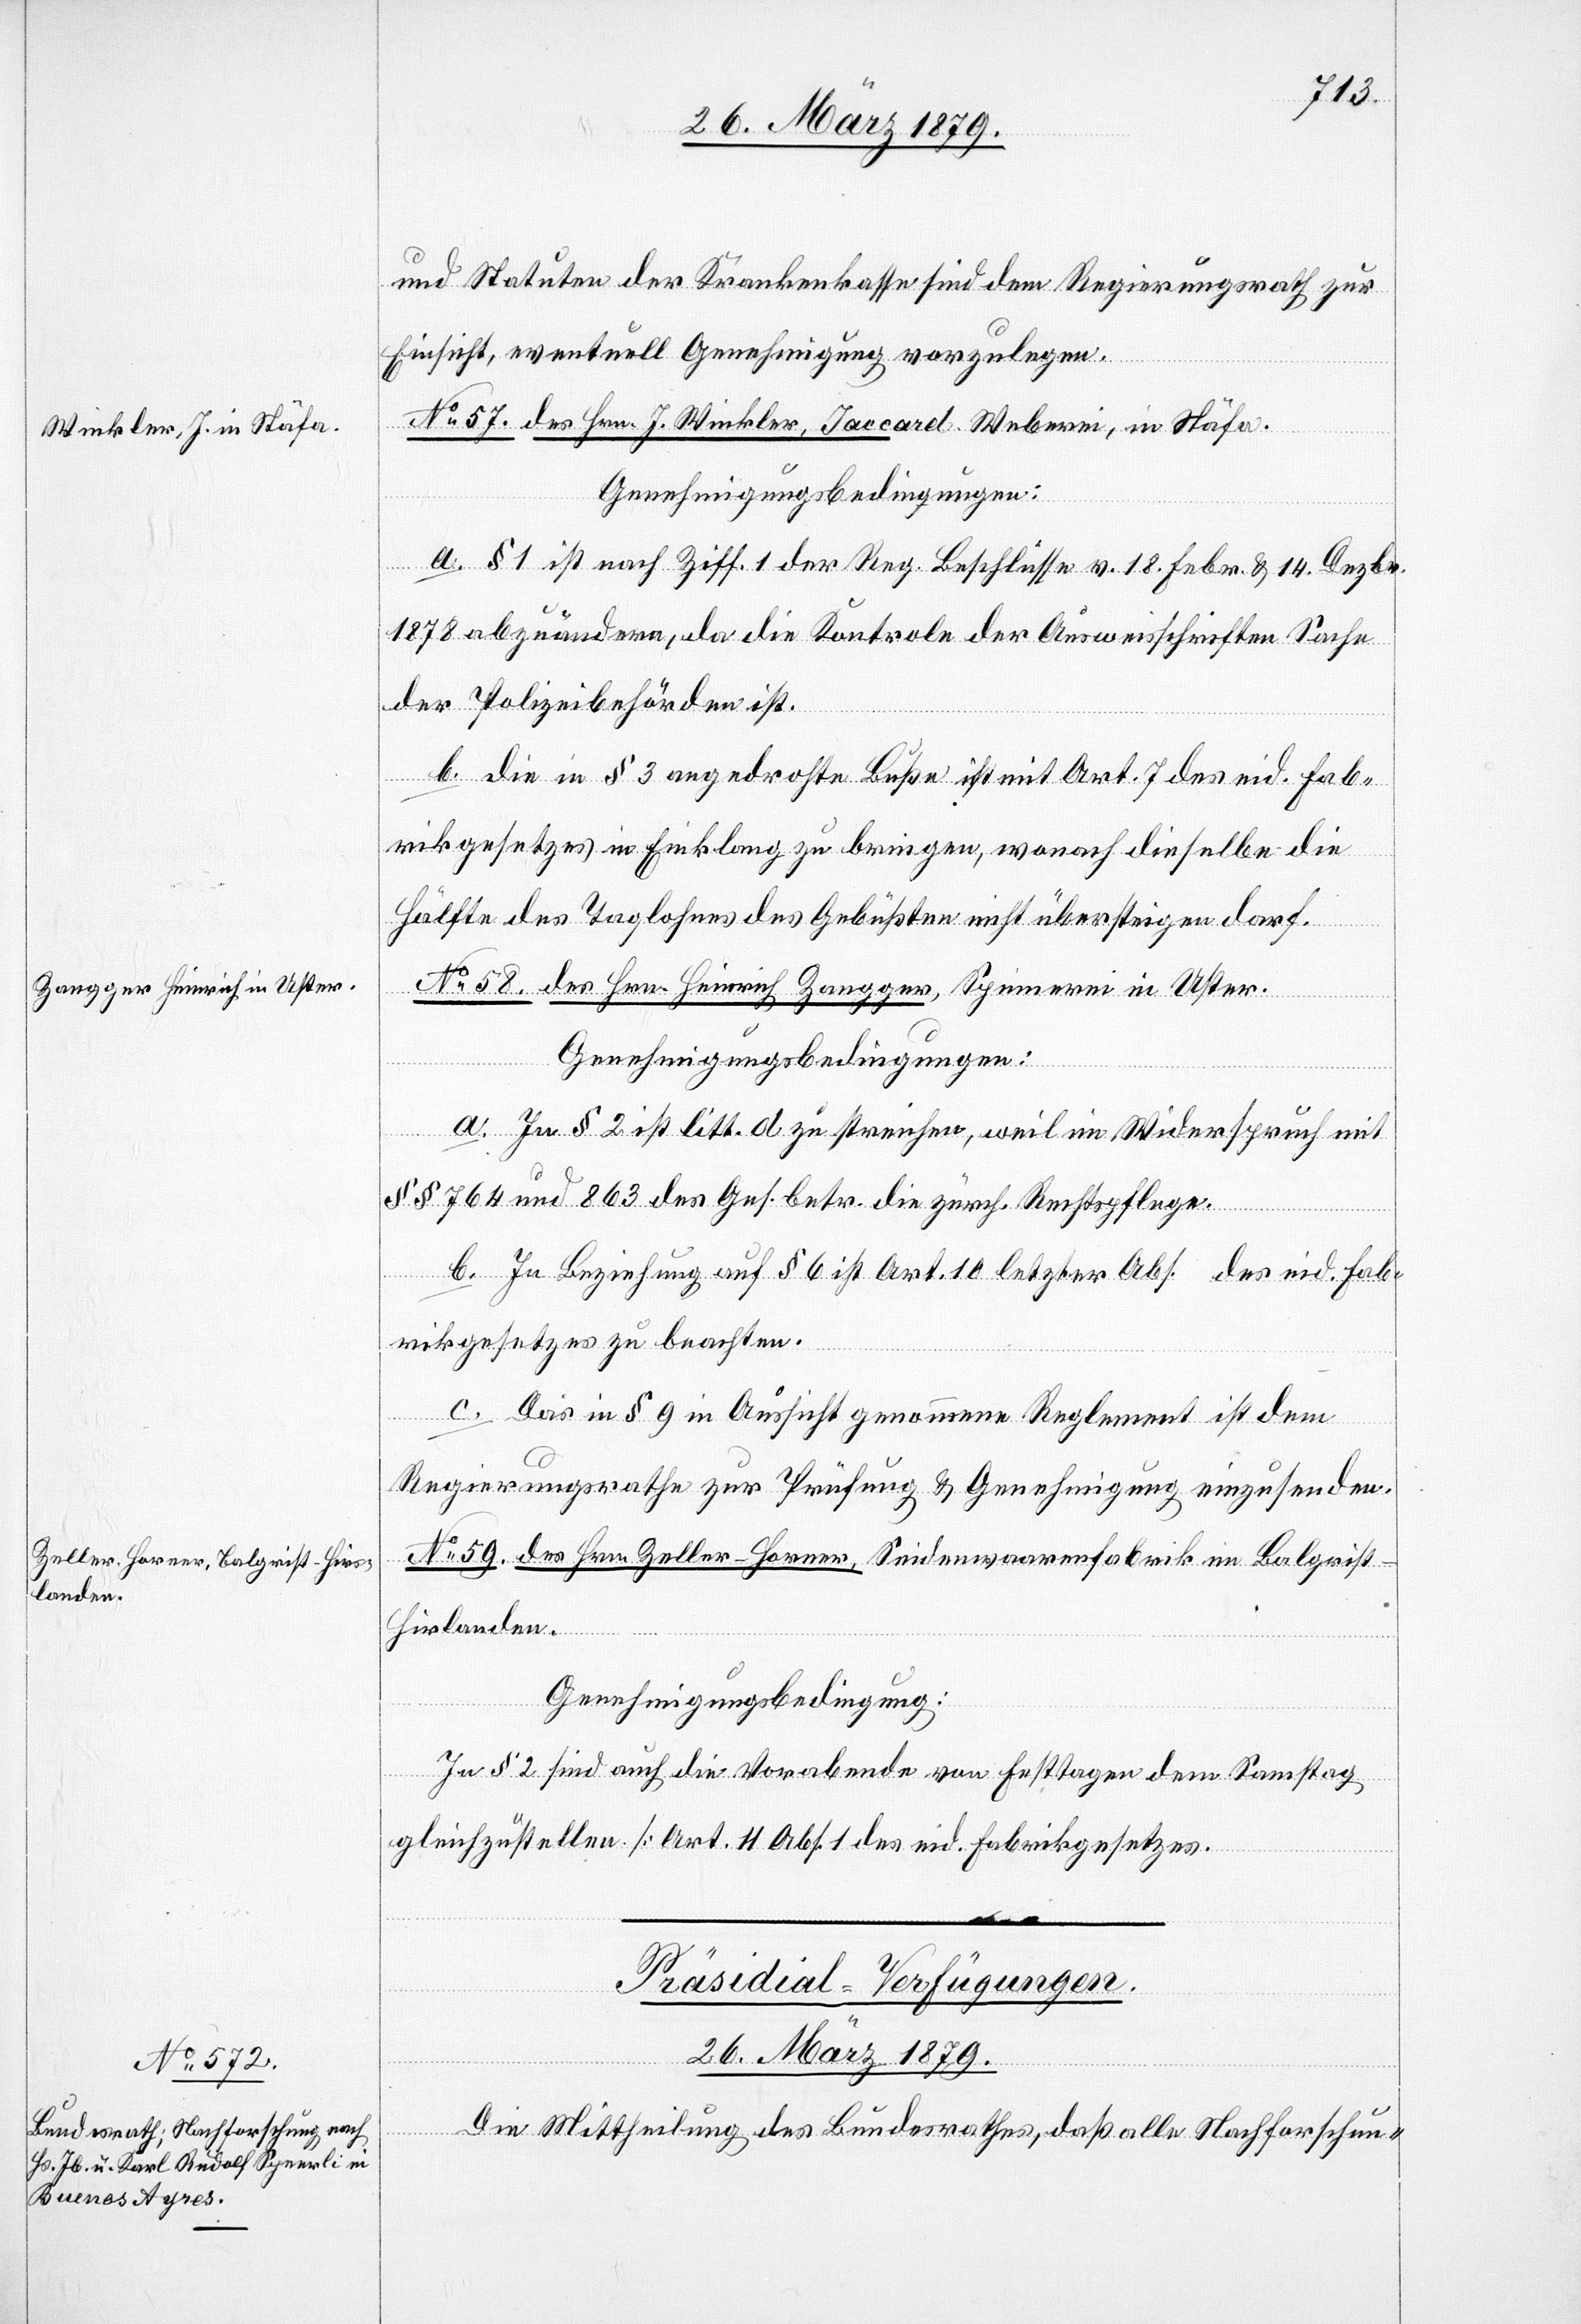
und Statuten der Krankenkasse sind dem Regierungsrath zur
Einsicht, eventuell Genehmigung vorzulegen.
g.]
No 57. des Hrn. J. Winkler, Jaccard-Weberei, in Stäfa.
Genehmigungsbedingungen:
a. § 1 ist nach Ziff. 1 der Reg. Beschlüsse v. 18. Febr. & 14. Dezbr.
1878 abzuändern, da die Kontrole der Ausweisschriften Sache
der Polizeibehörden ist.
[Fabrikordnun¬
b. Die in § 3 angedrohte Buße ist mit Art. 7 des eid. Fab¬
rikgesetzes in Einklang zu bringen, wonach dieselbe die
Hälfte des Taglohnes des Gebüßten nicht übersteigen darf.
No 58. des Hrn. Heinrich Zangger, Spinnerei in Uster.
Genehmigungsbedingungen:
a. In § 2 ist litt. d zu streichen, weil im Widerspruch mit
§§ 764 und 863 des Ges. betr. die zürch. Rechtspflege.
b. In Beziehung auf § 6 ist Art. 10 letzter Abs. des eid. Fab¬
rikgesetzes zu beachten.
c. Das in § 9 in Aussicht genommene Reglement ist dem
Regierungsrathe zur Prüfung & Genehmigung einzusenden.
No 59. des Hrn. Zeller-Farner, Seidenwaarenfabrik im Balgrist
Hirslanden.
Genehmigungsbedingung:
In § 2 sind auch die Vorabende von Festtagen dem Samstag
gleichzustellen. [Art. 11 Abs. 1 des eid. Fabrikgesetzes].
Präsidial-Verfügungen.
26. März 1879.
g.]
Die Mittheilung des Bundesrathes, daß alle Nachforschun-